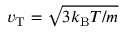
v _ { \mathrm { T } } = \sqrt { 3 k _ { \mathrm { B } } T / m }